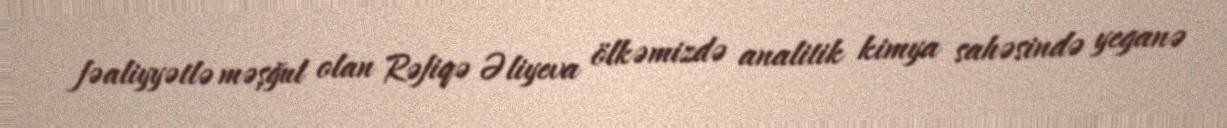
fəaliyyətlə məşğul olan Rəfiqə Əliyeva ölkəmizdə analitik kimya sahəsində yeganə